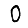
Digit: 0